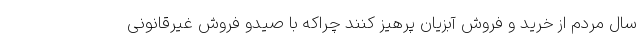
سال مردم از خرید و فروش آبزیان پرهیز کنند چراکه با صیدو فروش غیرقانونی